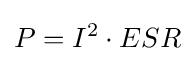
P=I^{2}\cdot ESR